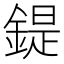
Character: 鍉